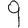
Digit: 9